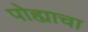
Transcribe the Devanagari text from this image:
पोह्याचा